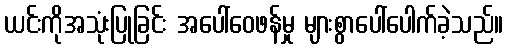
ယင်းကိုအသုံးပြုခြင်း အပေါ်ဝေဖန်မှု များစွာပေါ်ပေါက်ခဲ့သည်။